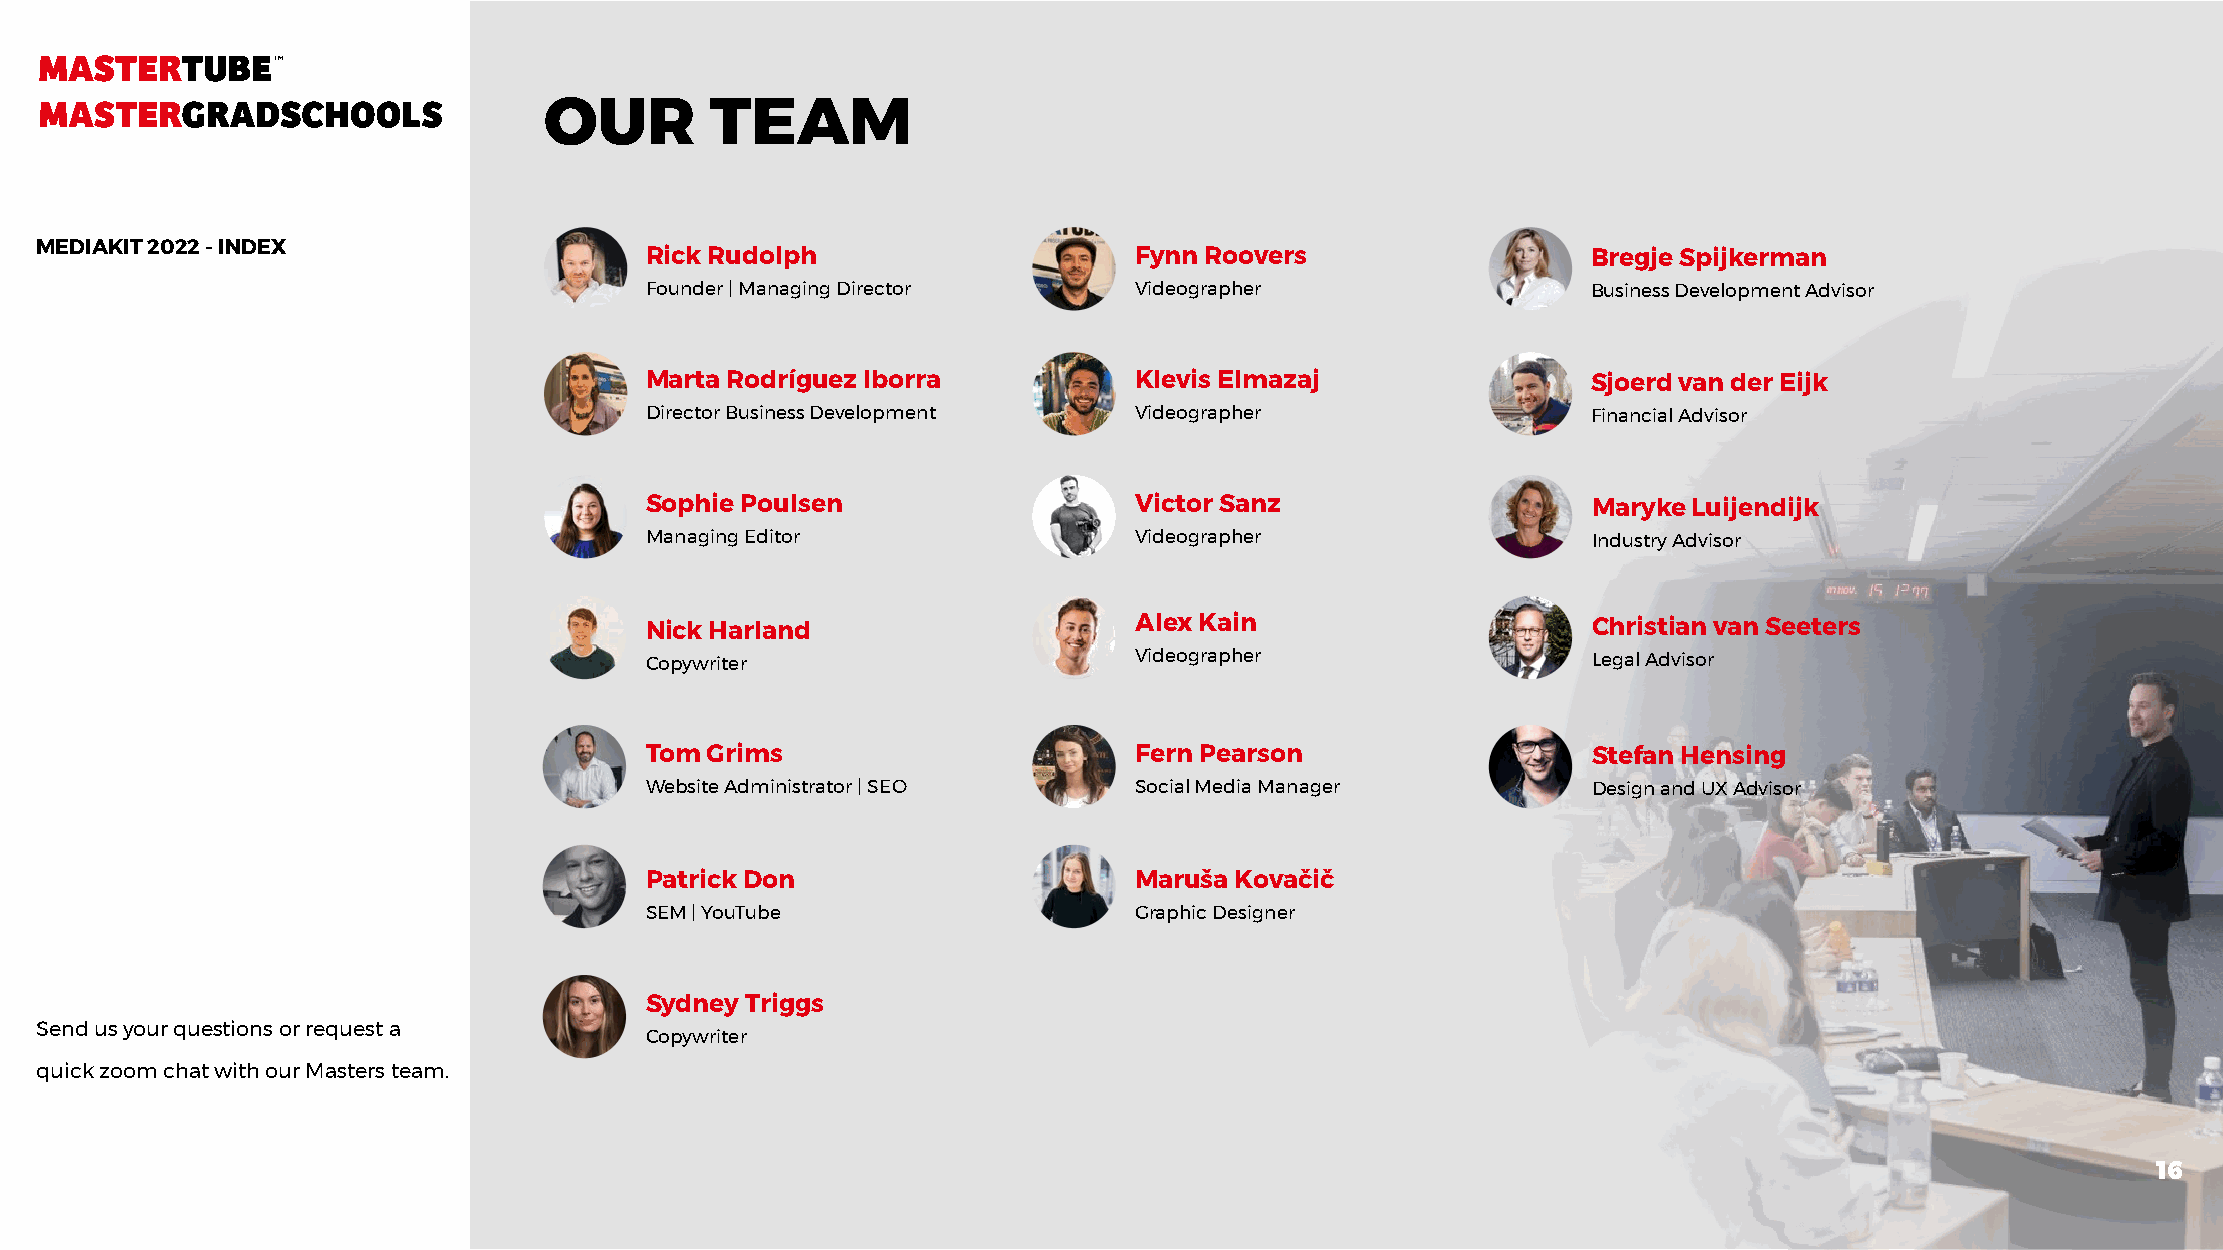
OUR        TEAM
 MEDIAKIT 2022 - INDEX
 Rick Rudolph                    Fynn Roovers                  Bregje Spijkerman
 Founder | Managing Director     Videographer                  Business Development Advisor
 Marta Rodríguez Iborra          Klevis Elmazaj                Sjoerd van der Eijk
 Director Business Development   Videographer                  Financial Advisor
 Sophie Poulsen                  Victor Sanz                   Maryke Luijendijk
 Managing Editor                 Videographer                  Industry Advisor
 Nick Harland                    Alex Kain                     Christian van Seeters
 Copywriter                      Videographer                  Legal Advisor
 Tom Grims                       Fern Pearson                  Stefan Hensing
 Website Administrator | SEO     Social Media Manager          Design and UX Advisor
 Patrick Don                     Maruša Kovačič
 SEM | YouTube                   Graphic Designer
 Sydney Triggs
 Send us your questions or request a
 Copywriter
 quick zoom chat with our Masters team.
 1166